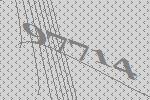
97714